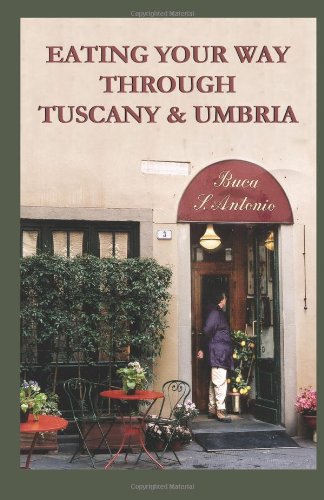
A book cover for Eating Your Way Through Tuscany & Umbria: A Field Guide; Linda & Sterling Lanier; Travel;